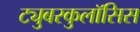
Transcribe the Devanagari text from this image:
ट्युबरकुलॉसिस